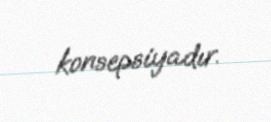
konsepsiyadır.